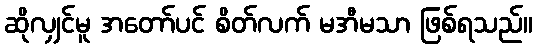
ဆိုလျှင်မူ အတော်ပင် စိတ်လက် မအီမသာ ဖြစ်ရသည်။